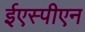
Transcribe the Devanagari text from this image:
ईएस्पीएन